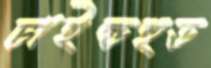
চাইল্ডহুড